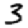
Digit: 3